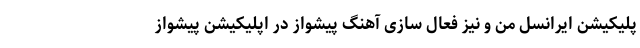
پلیکیشن ایرانسل من و نیز فعال سازی آهنگ پیشواز در اپلیکیشن پیشواز